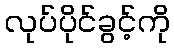
လုပ်ပိုင်ခွင့်ကို